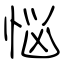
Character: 悩